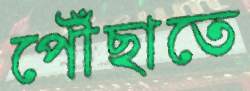
পৌঁছাতে